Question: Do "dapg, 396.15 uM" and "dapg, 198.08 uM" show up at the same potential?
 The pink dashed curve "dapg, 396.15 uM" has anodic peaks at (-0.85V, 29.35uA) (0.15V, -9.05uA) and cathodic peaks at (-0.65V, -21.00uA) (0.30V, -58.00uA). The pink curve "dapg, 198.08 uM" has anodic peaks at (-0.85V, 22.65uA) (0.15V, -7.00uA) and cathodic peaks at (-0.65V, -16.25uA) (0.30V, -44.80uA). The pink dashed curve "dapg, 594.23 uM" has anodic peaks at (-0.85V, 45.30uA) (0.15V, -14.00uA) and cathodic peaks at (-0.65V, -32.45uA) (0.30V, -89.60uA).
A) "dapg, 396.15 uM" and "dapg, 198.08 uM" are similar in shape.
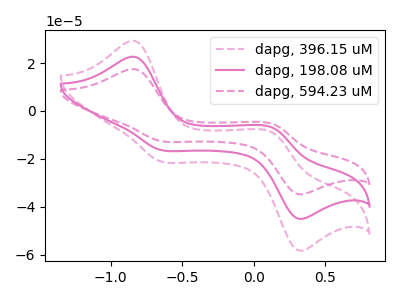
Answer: <think>All the peaks in "dapg, 396.15 uM" have a peak in "dapg, 198.08 uM" at the same potential.
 </think>
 <answer>A) "dapg, 396.15 uM" and "dapg, 198.08 uM" are similar in shape.</answer>
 <eval>A</eval>